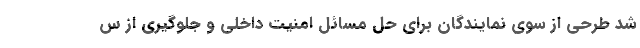
شد طرحی از سوی نمایندگان برای حل مسائل امنیت داخلی و جلوگیری از س